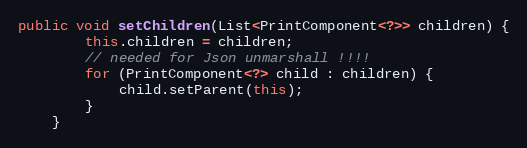
Language: Java
public void setChildren(List<PrintComponent<?>> children) {
		this.children = children;
		// needed for Json unmarshall !!!!
		for (PrintComponent<?> child : children) {
			child.setParent(this);
		}
	}